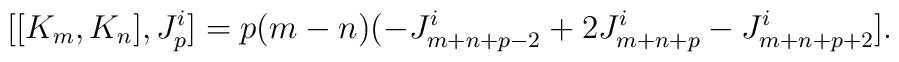
[[K_{m}, K_{n}], J^i_{p}] = p (m - n) (-J^i_{m+ n + p -2} +2 J^i_{m + n + p} - J^i_{m +n + p +2}].